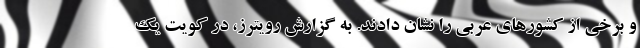
و برخی از کشورهای عربی را نشان دادند. به گزارش رویترز، در کویت یک